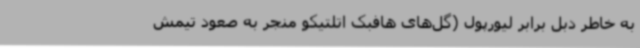
به خاطر دبل برابر لیورپول (گل‌های هافبک اتلتیکو منجر به صعود تیمش